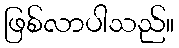
ဖြစ်လာပါသည်။